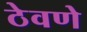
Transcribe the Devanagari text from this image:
ठेवणेे